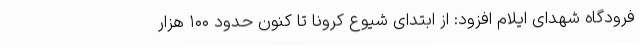
فرودگاه شهدای ایلام افزود: از ابتدای شیوع کرونا تا کنون حدود ۱۰۰ هزار